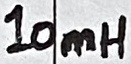
Text: 10mH